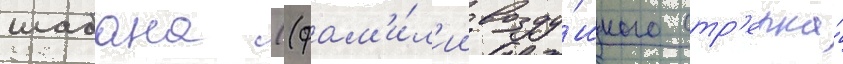
шабана ((фам'и́л'ии возду́шного стр'елка́